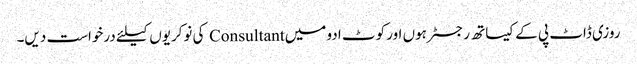
روزی ڈاٹ پی کے کیساتھ رجسٹر ہوں اور کوٹ ادو میں Consultant کی نوکریوں کیلئے درخواست دیں۔